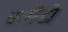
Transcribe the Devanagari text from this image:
करोंडो